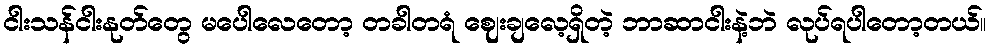
ငါးသန်ငါးနုတ်တွေ မပေါလေတော့ တခါတရံ ဈေးချလေ့ရှိတဲ့ ဘာဆာငါးနဲ့ဘဲ လုပ်ရပါတော့တယ်။